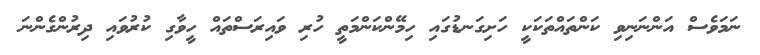
ނަމަވެސް އަންނަނިވި ކަންތައްތަކަކީ ހަށިގަނޑުގައި ހިމޭންކަންމަތީ ހުރި ވައިރަސްތައް ހީވާގި ކުރުވައި ދިރުންގެންނަ